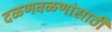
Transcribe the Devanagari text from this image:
दळणवळणांसाठी